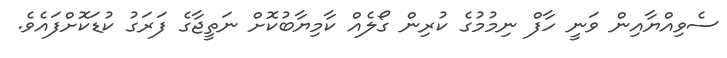
ސެވިއްޔާއިން ވަނީ ހާފް ނިމުމުގެ ކުރިން ގޯލެއް ކާމިޔާބުކޮށް ނަތީޖާގެ ފަރަގު ކުޑަކޮށްފައެވެ.